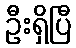
ဦးရှိပြီ